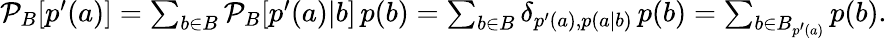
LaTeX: \begin{array}{r}{\mathcal{P}_{B}[p^{\prime}(a)]=\sum_{b\in B}\mathcal{P}_{B}[p^{\prime}(a)|b]\, p(b)=\sum_{b\in B}\delta_{p^{\prime}(a),p(a|b)}\, p(b)=\sum_{b\in B_{p^{\prime}(a)}}p(b).}\end{array}